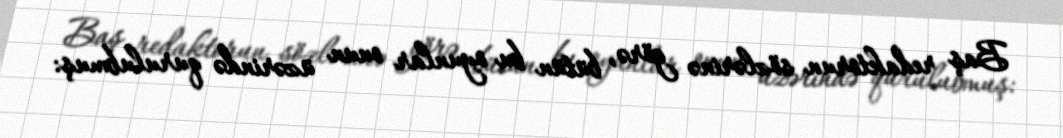
Baş redaktorun sözlərinə görə, bütün bu oyunlar onun üzərində qurulubmuş: